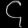
Digit: ၄